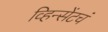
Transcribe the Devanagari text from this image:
व्हिन्सेंटचं